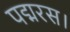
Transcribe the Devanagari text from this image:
पद्मरस।